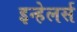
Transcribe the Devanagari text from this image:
इन्हेलर्स